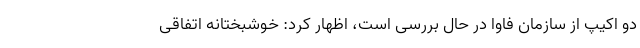
دو اکیپ از سازمان فاوا در حال بررسی است، اظهار کرد: خوشبختانه اتفاقی